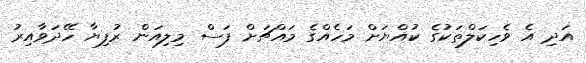
އަދި އެ ވެހިކަލްތަކުގެ ކުއްޔަށް މަހެއްގެ މައްޗަށް ފަސް މިލިއަން ރުފިޔާ ހޭދަވާއިރު